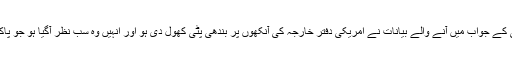
یہ بھی ممکن ہے کہ دنیا کی جانب سے امریکی صدر کی دھمکی کے جواب میں آنے والے بیانات نے امریکی دفتر خارجہ کی آنکھوں پر بندھی پٹی کھول دی ہو اور انہیں وہ سب نظر آگیا ہو جو پاکستان گزشتہ دو دہائیوں سے امریکہ کے ایما پر کئے جا رہا ہے ۔